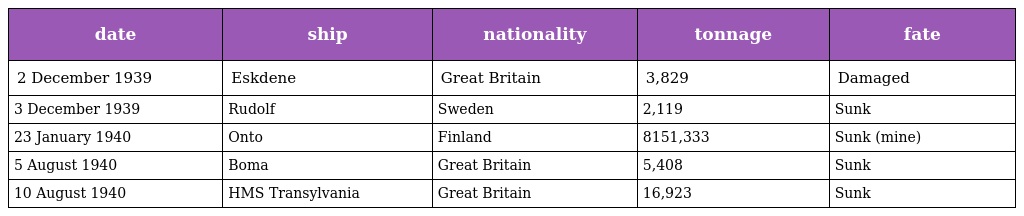
| date | ship | nationality | tonnage | fate |
 | --- | --- | --- | --- | --- |
 | 2 December 1939 | Eskdene | Great Britain | 3,829 | Damaged |
 | 3 December 1939 | Rudolf | Sweden | 2,119 | Sunk |
 | 23 January 1940 | Onto | Finland | 8151,333 | Sunk (mine) |
 | 5 August 1940 | Boma | Great Britain | 5,408 | Sunk |
 | 10 August 1940 | HMS Transylvania | Great Britain | 16,923 | Sunk |